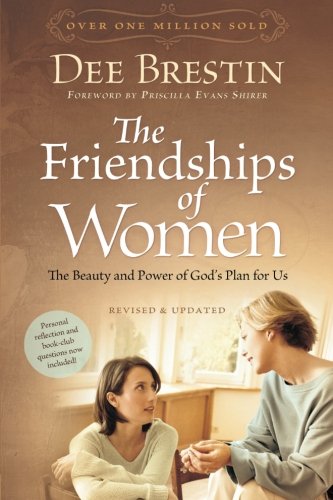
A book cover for The Friendships of Women: The Beauty and Power of God's Plan for Us (Dee Brestin's Series); Dee Brestin; Self-Help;